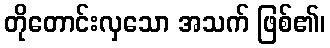
တိုတောင်းလှသော အသက် ဖြစ်၏၊